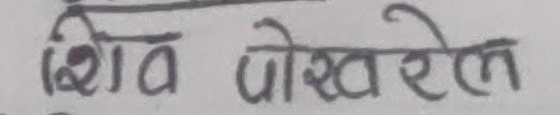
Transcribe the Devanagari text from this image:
शिव पोखरेल